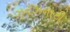
ઝનઝનાટી